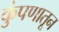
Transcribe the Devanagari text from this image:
कुंपणातून